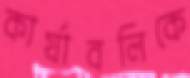
কার্যাবলিকে